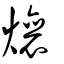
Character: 爙